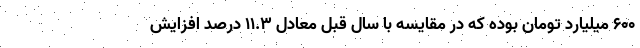
۶۰۰ میلیارد تومان بوده که در مقایسه با سال قبل معادل ۱۱.۳ درصد افزایش